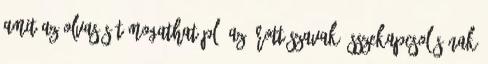
amit az olvasás támogathat pl. az írott szavak összekapcsolásának